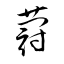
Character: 蒄